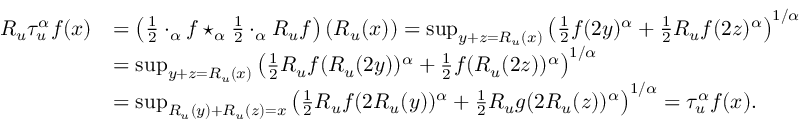
\begin{array} { r l } { R _ { u } \tau _ { u } ^ { \alpha } f ( x ) } & { = \left( \frac { 1 } { 2 } \cdot _ { \alpha } f \star _ { \alpha } \frac { 1 } { 2 } \cdot _ { \alpha } R _ { u } f \right) ( R _ { u } ( x ) ) = \operatorname* { s u p } _ { y + z = R _ { u } ( x ) } \left( \frac { 1 } { 2 } f ( 2 y ) ^ { \alpha } + \frac { 1 } { 2 } R _ { u } f ( 2 z ) ^ { \alpha } \right) ^ { 1 / \alpha } } \\ & { = \operatorname* { s u p } _ { y + z = R _ { u } ( x ) } \left( \frac { 1 } { 2 } R _ { u } f ( R _ { u } ( 2 y ) ) ^ { \alpha } + \frac { 1 } { 2 } f ( R _ { u } ( 2 z ) ) ^ { \alpha } \right) ^ { 1 / \alpha } } \\ & { = \operatorname* { s u p } _ { R _ { u } ( y ) + R _ { u } ( z ) = x } \left( \frac { 1 } { 2 } R _ { u } f ( 2 R _ { u } ( y ) ) ^ { \alpha } + \frac { 1 } { 2 } R _ { u } g ( 2 R _ { u } ( z ) ) ^ { \alpha } \right) ^ { 1 / \alpha } = \tau _ { u } ^ { \alpha } f ( x ) . } \end{array}